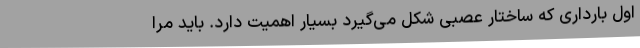
اول بارداری که ساختار عصبی شکل می‌گیرد بسیار اهمیت دارد. باید مرا